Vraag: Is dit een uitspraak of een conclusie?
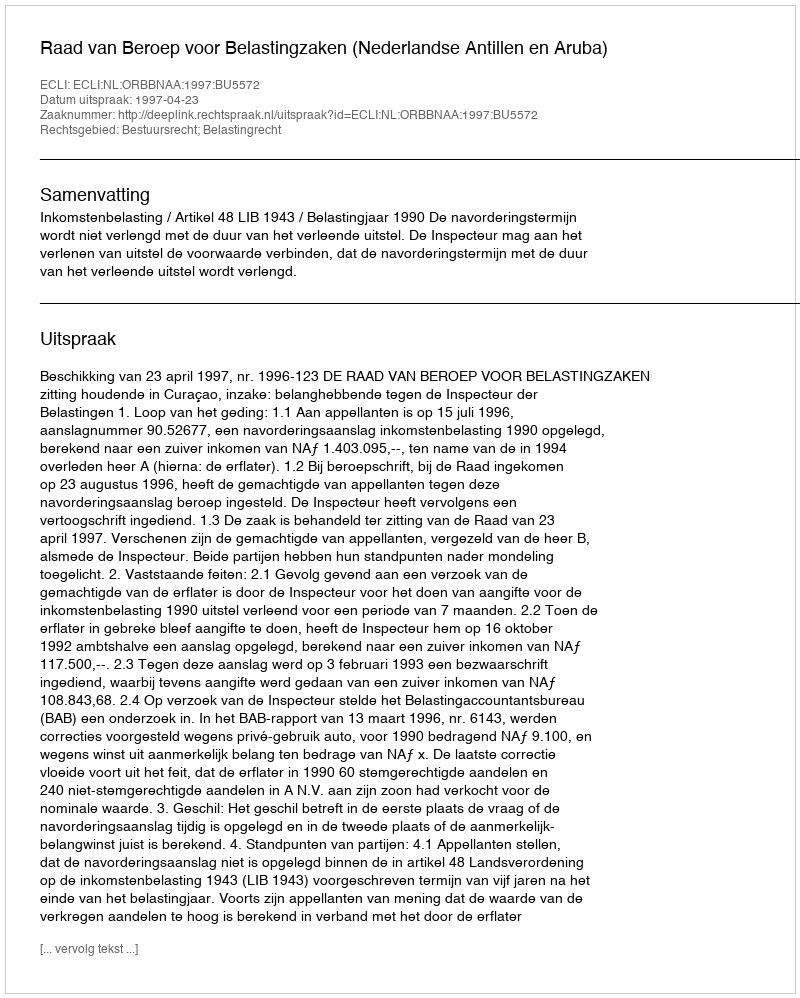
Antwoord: Uitspraak